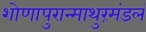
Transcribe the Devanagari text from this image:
शोणापुरान्माथुरंमंडलं